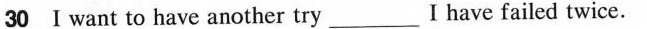
30 I want to have another try___ I have failed twice.